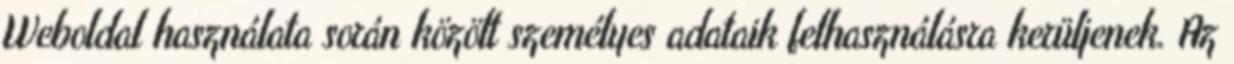
Weboldal használata során közölt személyes adataik felhasználásra kerüljenek. Az